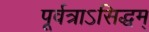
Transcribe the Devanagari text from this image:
पूर्वत्राऽसिद्धम्